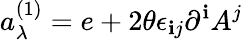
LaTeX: a_{\lambda}^{(1)}=e+2\theta\epsilon_{\mathbf{i}j}\partial^{\mathbf{i}}A^{j}